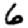
Digit: 6